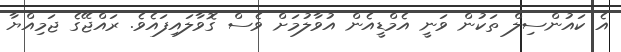
އެ ކައުންސިލް ތަކުން ވަނީ އެމްޑީއެން އުވާލުމަށް ވެސް ގޮވާލައިފައެވެ. ރައްޖޭގެ ޖަމިއްޔާ